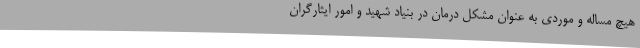
هیچ مساله و موردی به عنوان مشکل درمان در بنیاد شهید و امور ایثارگران